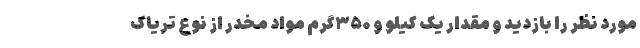
مورد نظر را بازدید و مقدار یک کیلو و ۳۵۰گرم مواد مخدر از نوع تریاک